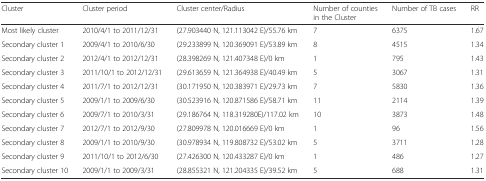
<table><thead><tr><td><b>Cluster</b></td><td><b>Cluster period</b></td><td><b>Cluster center/Radius</b></td><td><b>Number of counties in the Cluster</b></td><td><b>Number of TB cases</b></td><td><b>RR</b></td></tr></thead><tbody><tr><td>Most likely cluster</td><td>2010/4/1 to 2011/12/31</td><td>(27.903440 N, 121.113042 E)/55.76 km</td><td>7</td><td>6375</td><td>1.67</td></tr><tr><td>Secondary cluster 1</td><td>2009/4/1 to 2010/6/30</td><td>(29.233899 N, 120.369091 E)/53.89 km</td><td>8</td><td>4515</td><td>1.34</td></tr><tr><td>Secondary cluster 2</td><td>2012/4/1 to 2012/12/31</td><td>(28.398269 N, 121.407348 E)/0 km</td><td>1</td><td>795</td><td>1.43</td></tr><tr><td>Secondary cluster 3</td><td>2011/10/1 to 2012/12/31</td><td>(29.613659 N, 121.364938 E)/40.49 km</td><td>5</td><td>3067</td><td>1.31</td></tr><tr><td>Secondary cluster 4</td><td>2011/7/1 to 2012/12/31</td><td>(30.171950 N, 120.383971 E)/29.73 km</td><td>7</td><td>5830</td><td>1.36</td></tr><tr><td>Secondary cluster 5</td><td>2009/1/1 to 2009/6/30</td><td>(30.523916 N, 120.871586 E)/58.71 km</td><td>11</td><td>2114</td><td>1.39</td></tr><tr><td>Secondary cluster 6</td><td>2009/7/1 to 2010/3/31</td><td>(29.186764 N, 118.319280E)/117.02 km</td><td>10</td><td>3873</td><td>1.48</td></tr><tr><td>Secondary cluster 7</td><td>2012/7/1 to 2012/9/30</td><td>(27.809978 N, 120.016669 E)/0 km</td><td>1</td><td>96</td><td>1.56</td></tr><tr><td>Secondary cluster 8</td><td>2009/1/1 to 2010/9/30</td><td>(30.978934 N, 119.808732 E)/53.02 km</td><td>5</td><td>3711</td><td>1.28</td></tr><tr><td>Secondary cluster 9</td><td>2011/10/1 to 2012/6/30</td><td>(27.426300 N, 120.433287 E)/0 km</td><td>1</td><td>486</td><td>1.27</td></tr><tr><td>Secondary cluster 10</td><td>2009/1/1 to 2009/3/31</td><td>(28.855321 N, 121.204335 E)/39.52 km</td><td>5</td><td>688</td><td>1.31</td></tr></tbody></table>